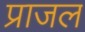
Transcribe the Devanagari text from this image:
प्राजल